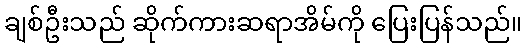
ချစ်ဦးသည် ဆိုက်ကားဆရာအိမ်ကို ပြေးပြန်သည်။